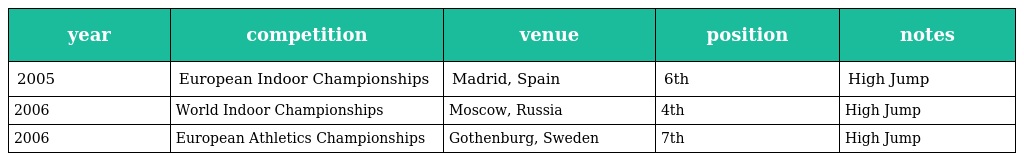
| year | competition | venue | position | notes |
 | --- | --- | --- | --- | --- |
 | 2005 | European Indoor Championships | Madrid, Spain | 6th | High Jump |
 | 2006 | World Indoor Championships | Moscow, Russia | 4th | High Jump |
 | 2006 | European Athletics Championships | Gothenburg, Sweden | 7th | High Jump |